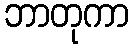
ဘာတုကာ